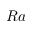
R a